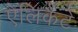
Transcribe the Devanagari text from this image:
ऐलिकैंटे